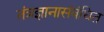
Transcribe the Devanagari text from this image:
तंत्रज्ञानासंबंधित